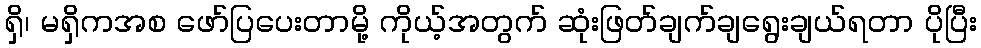
ရှိ၊ မရှိကအစ ဖော်ပြပေးတာမို့ ကိုယ့်အတွက် ဆုံးဖြတ်ချက်ချရွေးချယ်ရတာ ပိုပြီး